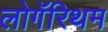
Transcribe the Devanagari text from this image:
लोगॅरिथम